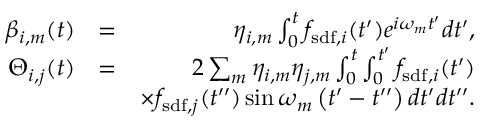
\begin{array} { r l r } { \beta _ { i , m } ( t ) } & { = } & { \eta _ { i , m } \int _ { 0 } ^ { t } f _ { \mathrm { s d f } , i } ( t ^ { \prime } ) e ^ { i \omega _ { m } t ^ { \prime } } d t ^ { \prime } , } \\ { \Theta _ { i , j } ( t ) } & { = } & { 2 \sum _ { m } \eta _ { i , m } \eta _ { j , m } \int _ { 0 } ^ { t } \int _ { 0 } ^ { t ^ { \prime } } f _ { \mathrm { s d f } , i } ( t ^ { \prime } ) } \\ & { } & { \times f _ { \mathrm { s d f } , j } ( t ^ { \prime \prime } ) \sin \omega _ { m } \left( t ^ { \prime } - t ^ { \prime \prime } \right) d t ^ { \prime } d t ^ { \prime \prime } . } \end{array}